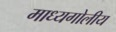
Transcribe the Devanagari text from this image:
माध्यगोलीय